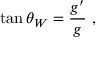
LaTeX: \tan \theta _ { W } = \frac { g ^ { \prime } } { g } \ ,